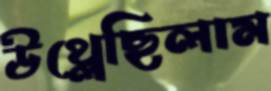
উথ্‌লেছিলাম